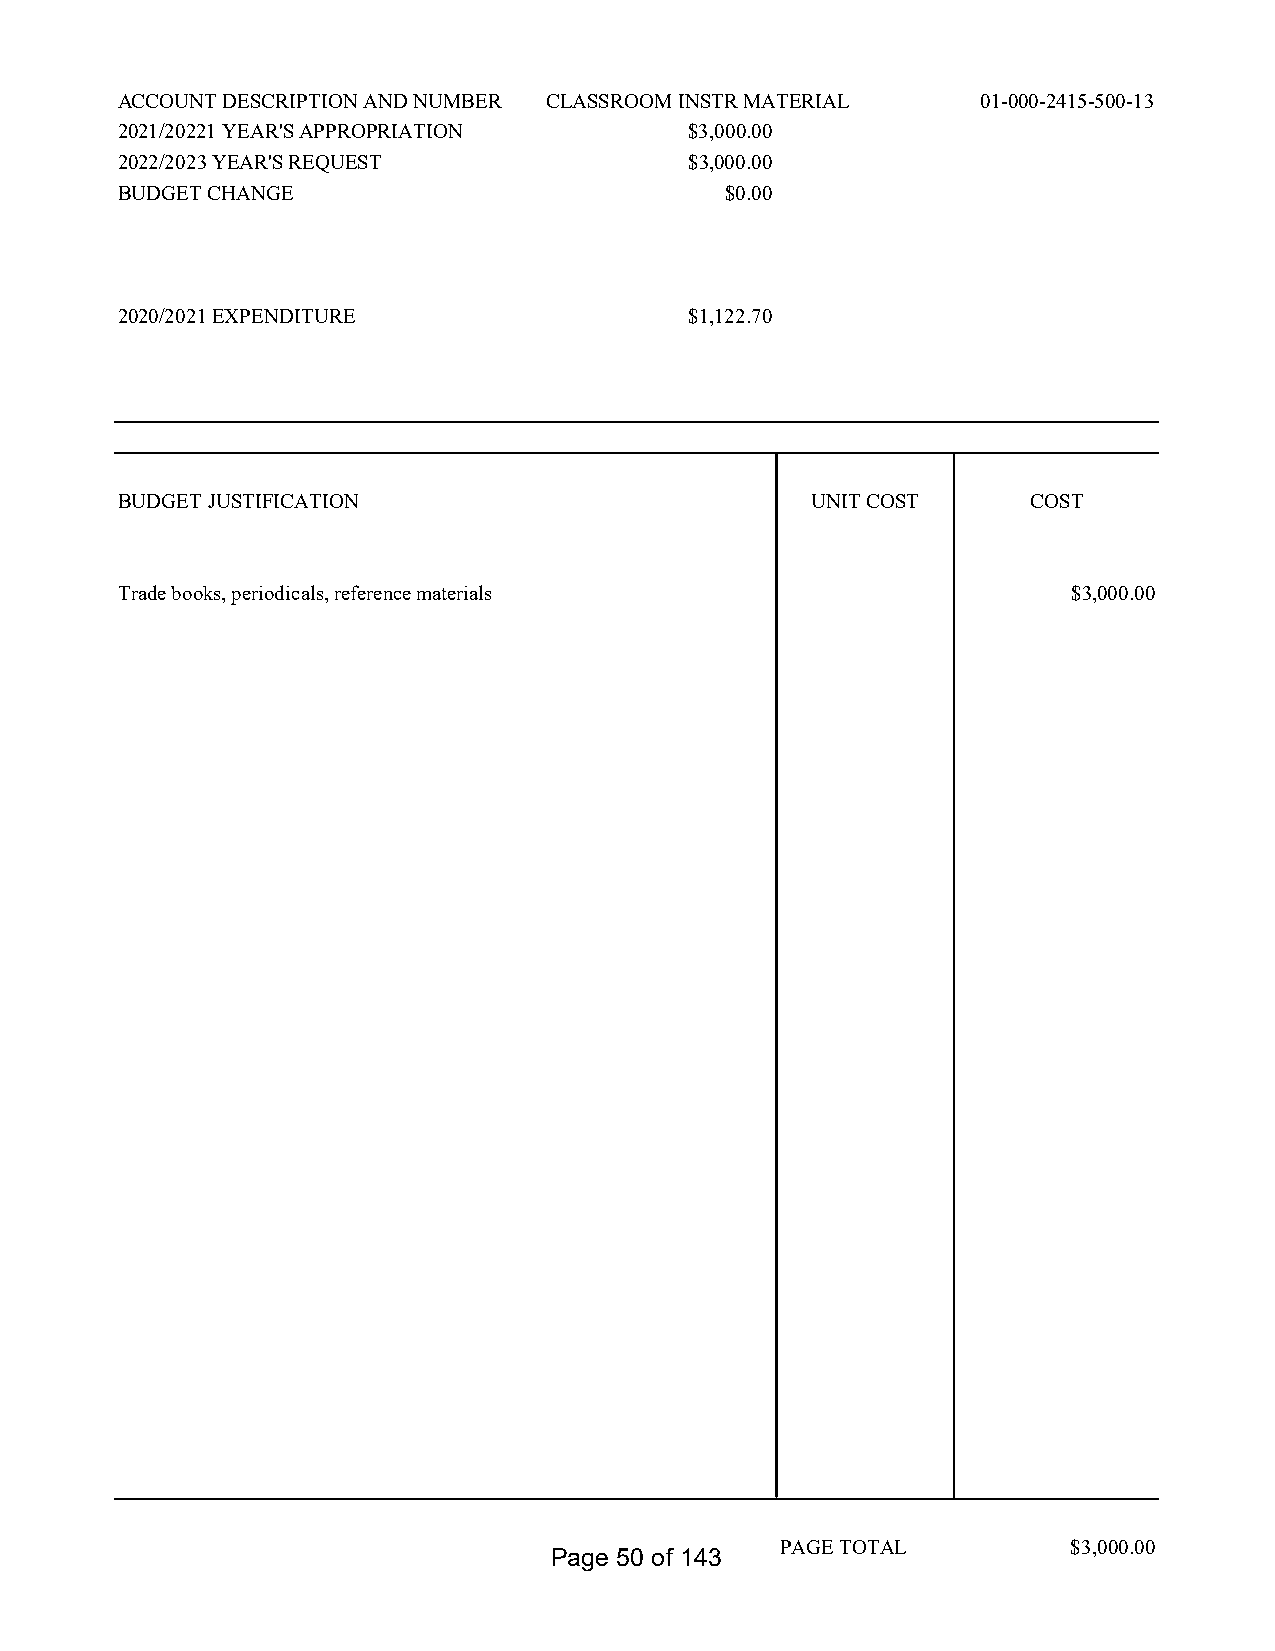
ACCOUNT DESCRIPTION AND NUMBER CLASSROOM INSTR MATERIAL  01-000-2415-500-13
 2021/20221 YEAR'S APPROPRIATION       $3,000.00
 2022/2023 YEAR'S REQUEST              $3,000.00
 BUDGET CHANGE                           $0.00
 2020/2021 EXPENDITURE                 $1,122.70
 BUDGET JUSTIFICATION                          UNIT COST     COST
 Trade books, periodicals, reference materials                  $3,000.00
 PAGE TOTAL         $3,000.00
 Page 50 of 143